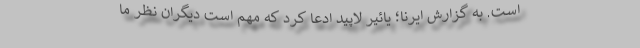
است. به گزارش ایرنا؛ یائیر لاپید ادعا کرد که مهم است دیگران نظر ما